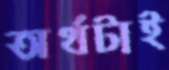
অর্থটাই